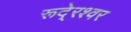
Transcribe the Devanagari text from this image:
रूदे्रश्वर